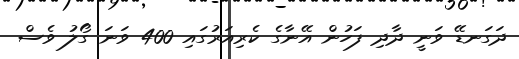
ދަގަނޑޭ ވަނީ ދާދި ފަހުން އޭނާގެ ކެރިއަރުގައި 400 ވަނަ ގޯލު ވެސް